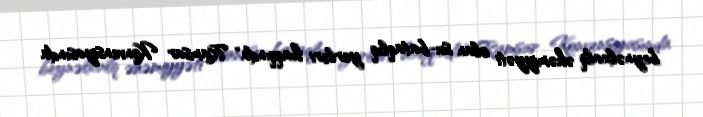
beynəlxalq əhəmiyyəti olan su-bataqlıq yerləri haqqında" Ramsar Konvensiyasında